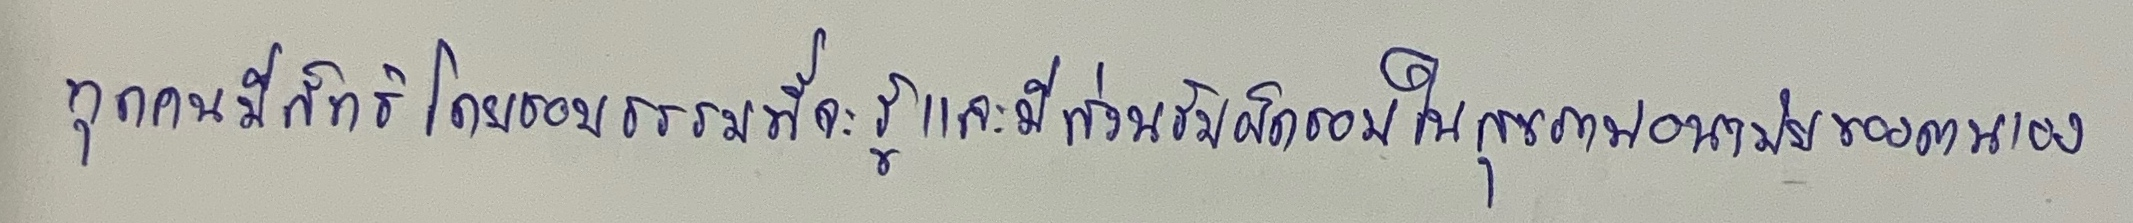
ทุกคนมีสิทธิโดยชอบธรรมที่จะรู้และมีส่วนรับผิดชอบในสุขภาพอนามัยของตนเอง